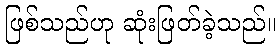
ဖြစ်သည်ဟု ဆုံးဖြတ်ခဲ့သည်။